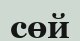
сөй